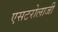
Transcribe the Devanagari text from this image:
एसटरोलाजी